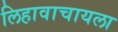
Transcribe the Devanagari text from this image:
लिहावाचायला